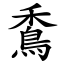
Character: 穒